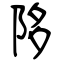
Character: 陊